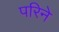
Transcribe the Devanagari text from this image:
परिने